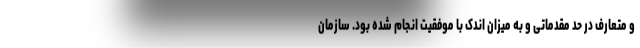
و متعارف در حد مقدماتی و به میزان اندک با موفقیت انجام شده بود. سازمان